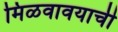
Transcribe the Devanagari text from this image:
मिळवावयाची